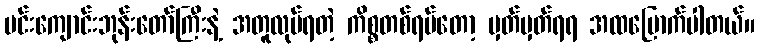
ပင်းကျောင်းဘုန်းတော်ကြီးနဲ့ အတူလုပ်ရတဲ့ ကိစ္စတစ်ရပ်တော့ မှတ်မှတ်ရရ အထမြောက်ပါတယ်။